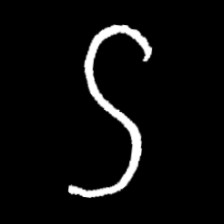
Pyu character \u2014 Myanmar letter: ဌ (romanized: ttha)